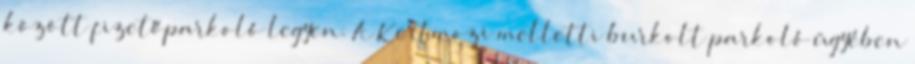
között fizetőparkoló legyen. A Kertmozi melletti burkolt parkoló ügyében